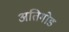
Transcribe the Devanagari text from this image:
अतिगोड